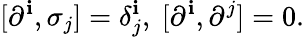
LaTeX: [\partial^{\mathbf{i}},\sigma_{j}]=\delta_{j}^{\mathbf{i}},~[\partial^{\mathbf{i}},\partial^{j}]=0.